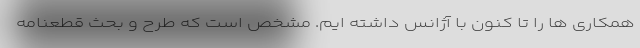
همکاری ها را تا کنون با آژانس داشته ایم. مشخص است که طرح و بحث قطعنامه